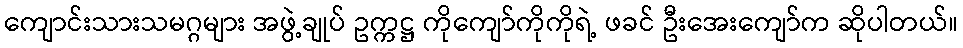
ကျောင်းသားသမဂ္ဂများ အဖွဲ့ချုပ် ဥက္ကဋ္ဌ ကိုကျော်ကိုကိုရဲ့ ဖခင် ဦးအေးကျော်က ဆိုပါတယ်။